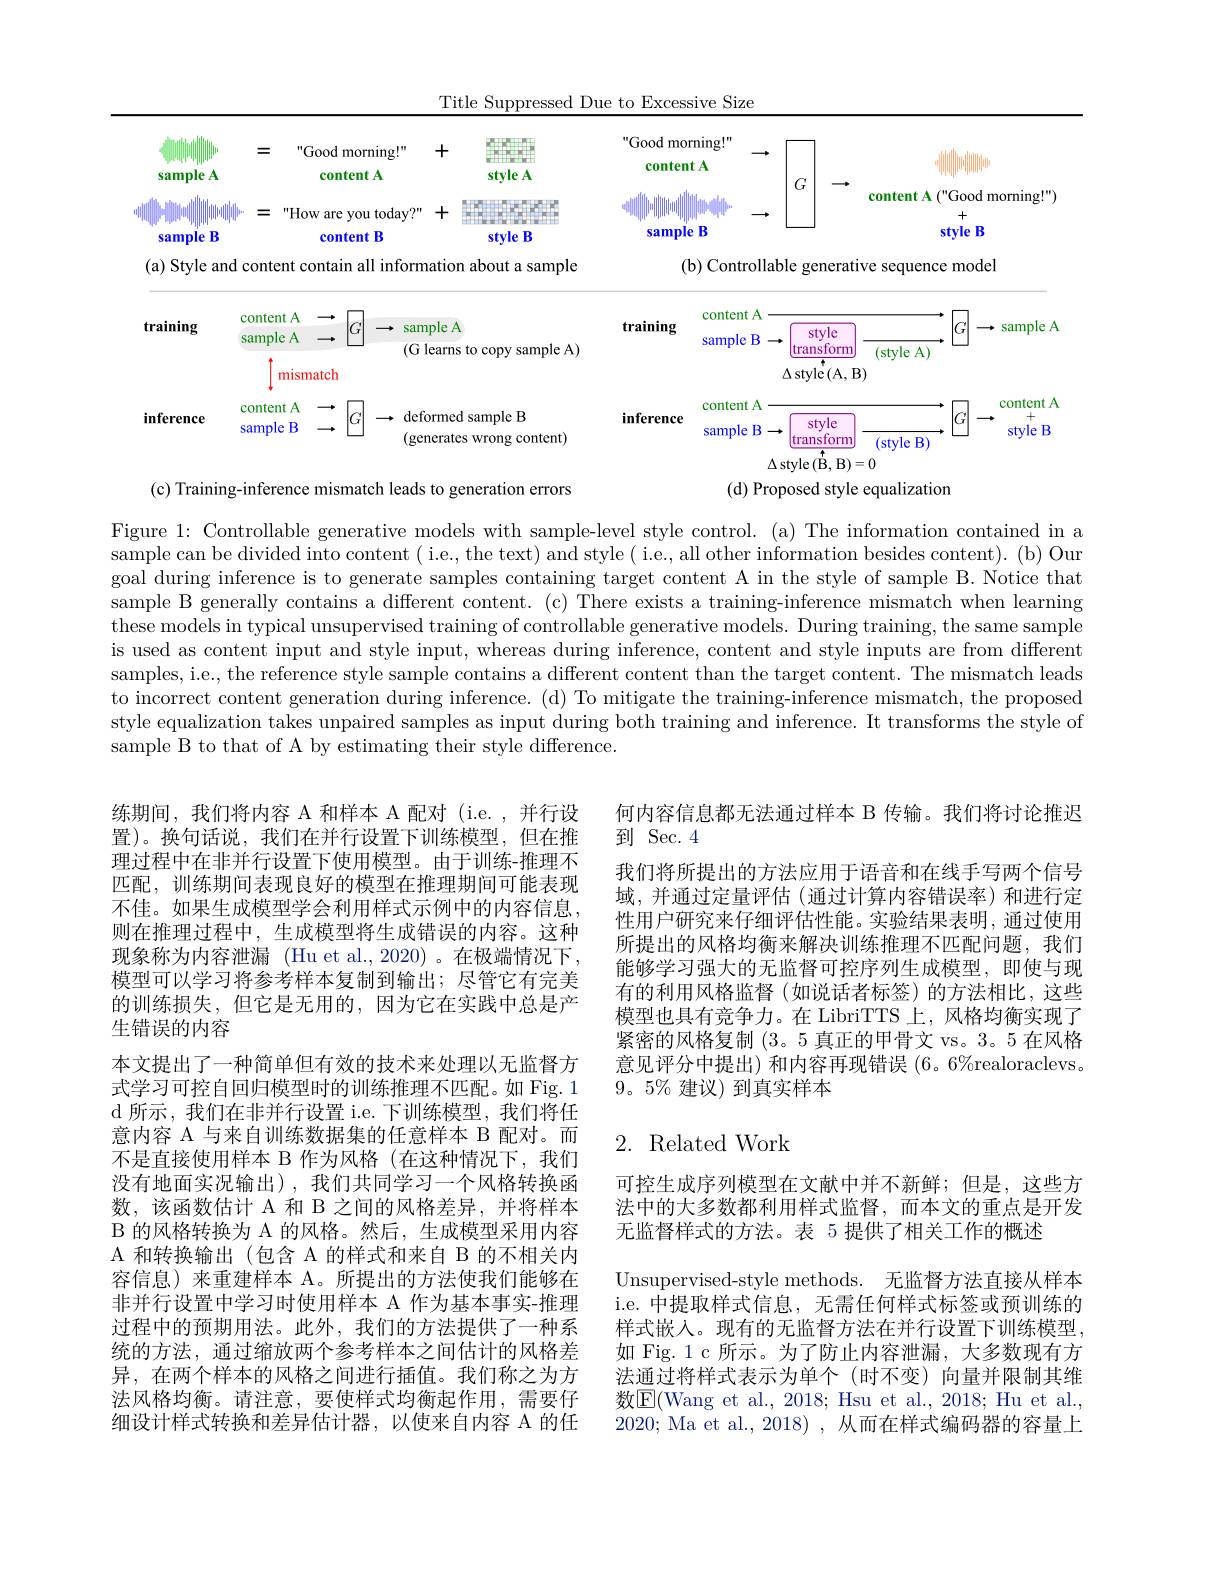
Title Suppressed Due to Excessive Size

<table>
	<tbody>
		<tr>
			<td>sample A</td>
			<td>=</td>
			<td>Good morning!" content A</td>
			<td>+ stvle A</td>
			<td>stvle A</td>
			<td>" Good mor content</td>
			<td>rning! " ntA</td>
			<td> </td>
			<td> </td>
		</tr>
		<tr>
			<td>$\|\|\|_{1}$ THITIT 1 11 $B$ sample</td>
			<td>|1|||1||| |1|||||>- 三</td>
			<td>How are you today?" content B</td>
			<td>+ style B</td>
			<td>style B</td>
			<td>sample</td>
			<td>le B</td>
			<td> </td>
			<td>("Good morning!") + style B</td>
		</tr>
		<tr>
			<td>(a) Style ar</td>
			<td>conter nd</td>
			<td>t contain all inform</td>
			<td>tion about a sample</td>
			<td>about a sample</td>
			<td>$(\mathbf{b}$</td>
			<td>( b) Controllab</td>
			<td>yle generati</td>
			<td>ence model</td>
		</tr>
		<tr>
			<td>training</td>
			<td>content sample</td>
			<td>4 sam A</td>
			<td>leA</td>
			<td> </td>
			<td>training</td>
			<td>content A sample B</td>
			<td>style mofr</td>
			<td>sample A</td>
		</tr>
		<tr>
			<td rowspan="2">training</td>
			<td>content sample</td>
			<td>$A$ sarn $A$ (G</td>
			<td>leA arns to copy sample A)</td>
			<td>$\operatorname{copy}$ sample A) 1 C</td>
			<td>training</td>
			<td>content A sample B</td>
			<td>style transform</td>
			<td>sample A</td>
		</tr>
		<tr>
			<td>m</td>
			<td>ismatch</td>
			<td>aris w copy sampre n</td>
			<td>copy sampre n 4 1</td>
			<td> </td>
			<td> </td>
			<td>CATISIOTIII LI. $\Delta$style$\left(\mathrm{A,E}\right)$</td>
			<td> </td>
		</tr>
		<tr>
			<td rowspan="2">inference</td>
			<td>COntent sample</td>
			<td>defc B (get</td>
			<td>med sample B erates wrong content)</td>
			<td>sample B wrong content)</td>
			<td>inference</td>
			<td>WIILUILA sample B -</td>
			<td>style transform</td>
			<td>- style B</td>
		</tr>
		<tr>
			<td> </td>
			<td> </td>
			<td> </td>
			<td> </td>
			<td> </td>
			<td>$\Delta s$</td>
			<td>stvle(B. $B^{\circ}$</td>
			<td> </td>
		</tr>
	</tbody>
</table>

Figure 1: Controllable generative models with sample-level style control. (a) The information contained in a $\bar{\text{sample can be divided into content ( i.e., the text) and style( i.e., all other information besides content). (b) Our}}$ goal during inference is to generate samples containing target content A in the style of sample B. Notice that sample B generally contains a different content. (c) There exists a training-inference mismatch when learning these models in typical unsupervised training of controllable generative models. During training, the same sample is used as content input and style input, whereas during inference, content and style inputs are from different samples, i.e., the reference style sample contains a different content than the target content. The mismatch leads to incorrect content generation during inference. (d) To mitigate the training-inference mismatch, the proposed style equalization takes unpaired samples as input during both training and inference. It transforms the style of sample B to that of A by estimating their style difference.

何内容信息都无法通过样本 B 传输。我们将讨论推迟
到 Sec. 4
我们将所提出的方法应用于语音和在线手写两个信号域，并通过定量评估 (通过计算内容错误率)和进行定性用户研究来仔细评估性能。实验结果表明，通过使用所提出的风格均衡来解决训练推理不匹配问题，我们能够学习强大的无监督可控序列生成模型，即使与现有的利用风格监督(如说话者标签)的方法相比，这些模型也具有竞争力。在 LibriTTS 上，风格均衡实现了紧密的风格复制(3。5 真正的甲骨文 vs。3。5 在风格意见评分中提出) 和内容再现错误 (6。6%realoraclevs。9。5% 建议) 到真实样本

练期间，我们将内容 A 和样本 A 配对(i.e.,并行设置)。换句话说，我们在并行设置下训练模型，但在推理过程中在非并行设置下使用模型。由于训练-推理不匹配，训练期间表现良好的模型在推理期间可能表现不佳。如果生成模型学会利用样式示例中的内容信息则在推理过程中，生成模型将生成错误的内容。这种现象称为内容泄漏 (Hu et al.,2020) 。在极端情况下， 模型可以学习将参考样本复制到输出；尽管它有完美的训练损失，但它是无用的，因为它在实践中总是产生错误的内容
本文提出了一种简单但有效的技术来处理以无监督方式学习可控自回归模型时的训练推理不匹配。如 Fig. 1 d 所示，我们在非并行设置 i.e. 下训练模型，我们将任意内容 A 与来自训练数据集的任意样本 B 配对。而不是直接使用样本 B 作为风格(在这种情况下，我们没有地面实况输出),我们共同学习一个风格转换函数，该函数估计 A 和 B 之间的风格差异，并将样本B 的风格转换为 A 的风格。然后，生成模型采用内容A 和转换输出 (包含 A 的样式和来自 B 的不相关内容信息)来重建样本 A。所提出的方法使我们能够在非并行设置中学习时使用样本 A 作为基本事实-推理过程中的预期用法。此外，我们的方法提供了一种系统的方法，通过缩放两个参考样本之间估计的风格差异，在两个样本的风格之间进行插值。我们称之为方法风格均衡。请注意，要使样式均衡起作用，需要仔细设计样式转换和差异估计器，以使来自内容 A 的任

## 2. Related Work

可控生成序列模型在文献中并不新鲜；但是，这些方法中的大多数都利用样式监督，而本文的重点是开发无监督样式的方法。表 5 提供了相关工作的概述
Unsupervised-style methods. 无监督方法直接从样本i.e. 中提取样式信息，无需任何样式标签或预训练的样式嵌入。现有的无监督方法在并行设置下训练模型， 如 Fig. 1 c 所示。为了防止内容泄漏，大多数现有方法通过将样式表示为单个 (时不变) 向量并限制其维数$\boxed{\mathrm{F}}($Wang et al., 2018; Hsu et al., 2018; Hu et al., 2020; Ma et al., 2018) , 从而在样式编码器的容量上